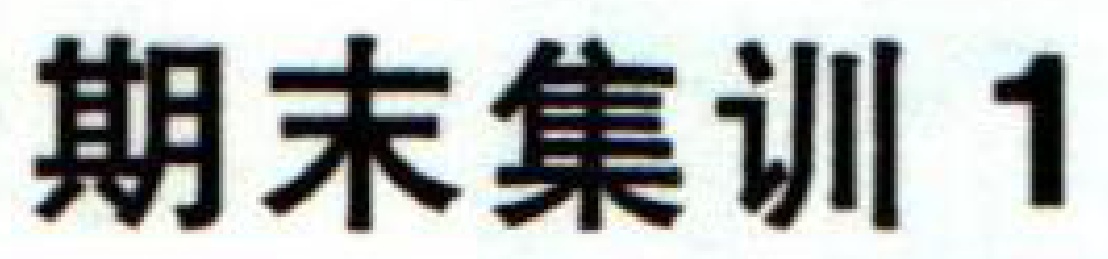
期末集训1